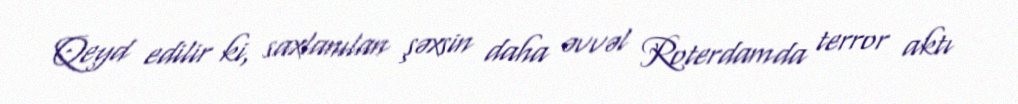
Qeyd edilir ki, saxlanılan şəxsin daha əvvəl Roterdamda terror aktı